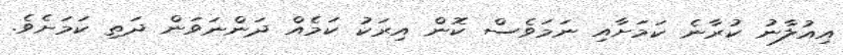
އިއުލާނު ކުރާނެ ކަމަށާއި ނަމަވެސް ކޮން އިރަކު ކަމެއް ދަންނަވަން ދަތި ކަމަށެވެ.